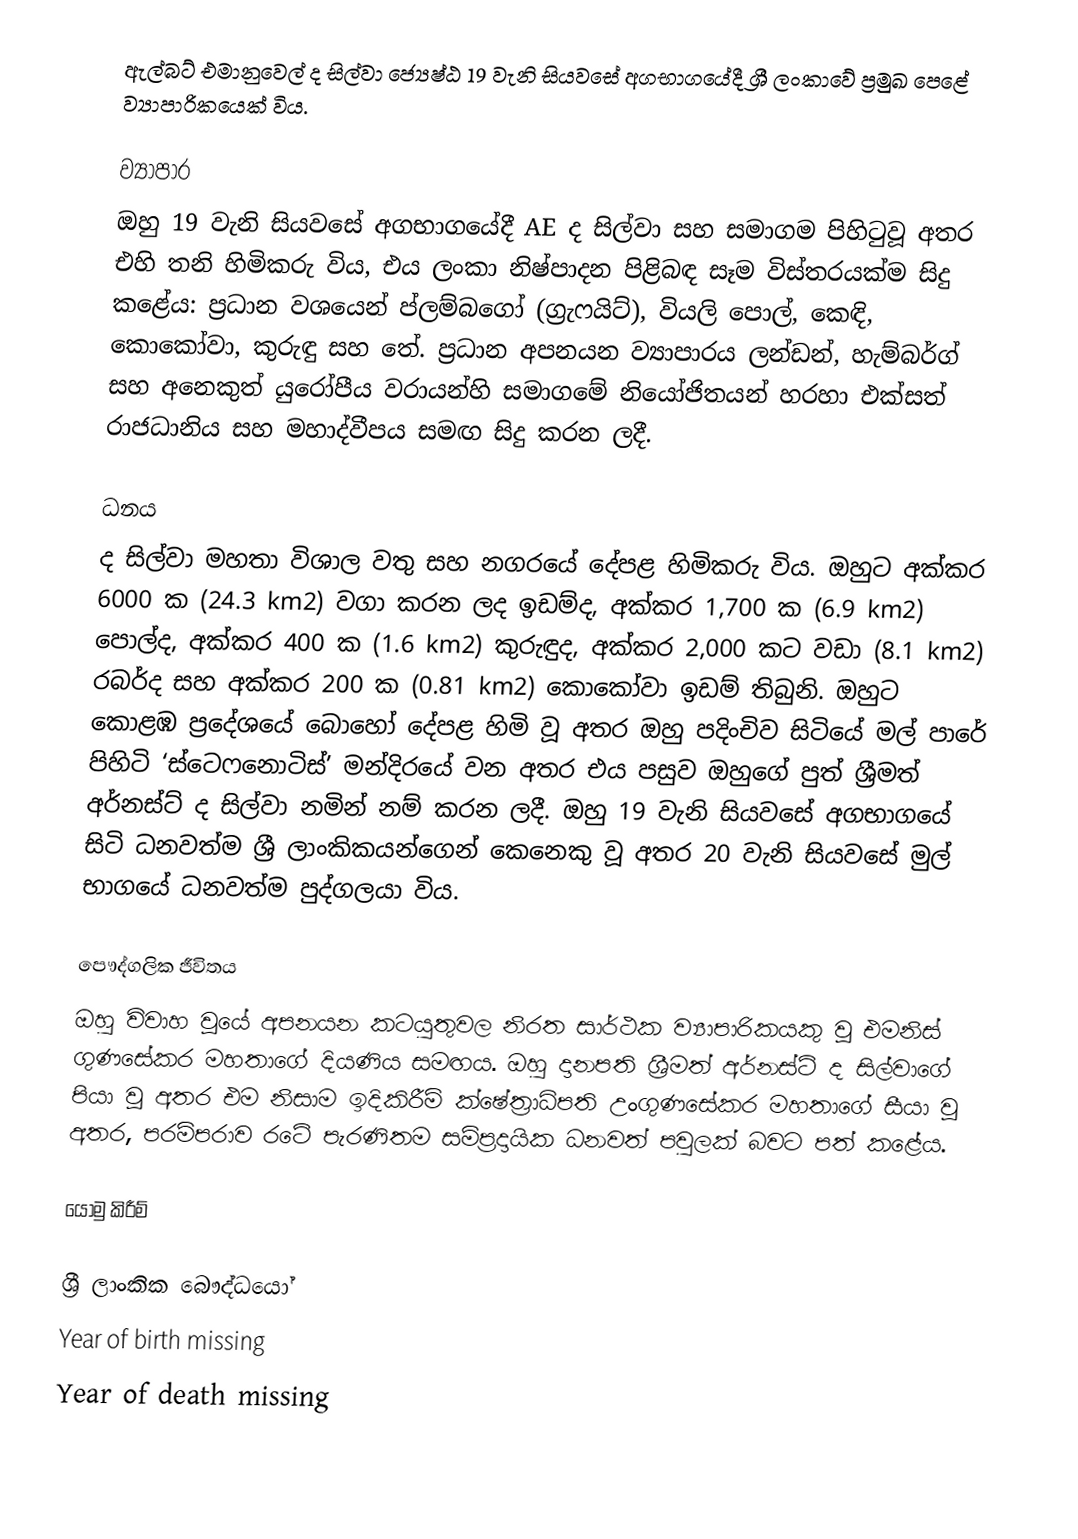
ඇල්බට් එමානුවෙල් ද සිල්වා ජ්‍යෙෂ්ඨ 19 වැනි සියවසේ අගභාගයේදී ශ්‍රී ලංකාවේ ප්‍රමුඛ පෙළේ ව්‍යාපාරිකයෙක් විය.

ව්‍යාපාර
ඔහු 19 වැනි සියවසේ අගභාගයේදී AE ද සිල්වා සහ සමාගම  පිහිටුවූ අතර එහි තනි හිමිකරු විය, එය ලංකා නිෂ්පාදන පිළිබඳ සෑම විස්තරයක්ම සිදු කළේය: ප්‍රධාන වශයෙන් ප්ලම්බගෝ (ග්‍රැෆයිට්), වියලි පොල්, කෙඳි, කොකෝවා, කුරුඳු සහ තේ. ප්‍රධාන අපනයන ව්‍යාපාරය ලන්ඩන්, හැම්බර්ග් සහ අනෙකුත් යුරෝපීය වරායන්හි සමාගමේ නියෝජිතයන් හරහා එක්සත් රාජධානිය සහ මහාද්වීපය සමඟ සිදු කරන ලදී.

ධනය
ද සිල්වා මහතා විශාල වතු සහ නගරයේ දේපළ හිමිකරු විය. ඔහුට අක්කර 6000 ක (24.3 km2) වගා කරන ලද ඉඩම්ද, අක්කර 1,700 ක (6.9 km2) පොල්ද, අක්කර 400 ක (1.6 km2) කුරුඳුද, අක්කර 2,000 කට වඩා (8.1 km2) රබර්ද සහ අක්කර 200 ක (0.81 km2) කොකෝවා ඉඩම් තිබුනි. ඔහුට කොළඹ ප්‍රදේශයේ බොහෝ දේපළ හිමි වූ අතර ඔහු පදිංචිව සිටියේ මල් පාරේ පිහිටි ‘ස්ටෙෆනොටිස්’ මන්දිරයේ වන අතර එය පසුව ඔහුගේ පුත් ශ්‍රීමත් අර්නස්ට් ද සිල්වා නමින් නම් කරන ලදී. ඔහු 19 වැනි සියවසේ අගභාගයේ සිටි ධනවත්ම ශ්‍රී ලාංකිකයන්ගෙන් කෙනෙකු වූ අතර 20 වැනි සියවසේ මුල් භාගයේ ධනවත්ම පුද්ගලයා විය.

පෞද්ගලික ජීවිතය
ඔහු විවාහ වූයේ අපනයන කටයුතුවල නිරත සාර්ථක ව්‍යාපාරිකයකු වූ එමනිස් ගුණසේකර මහතාගේ දියණිය සමඟය. ඔහු දානපති ශ්‍රීමත් අර්නස්ට් ද සිල්වාගේ පියා වූ අතර එම නිසාම ඉදිකිරීම් ක්ෂේත්‍රාධිපති උංගුණසේකර මහතාගේ සීයා වූ අතර, පරම්පරාව රටේ පැරණිතම සම්ප්‍රදායික ධනවත් පවුලක් බවට පත් කළේය.

යොමු කිරීම්

ශ්‍රී ලාංකික බෞද්ධයෝ
Year of birth missing
Year of death missing